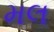
મલ